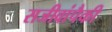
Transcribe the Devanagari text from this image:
सजीवांपैकी